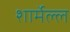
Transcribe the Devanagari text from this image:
शार्मेल्ल